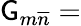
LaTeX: \mathsf{G}_{m\overline{{{{n}}}}}=